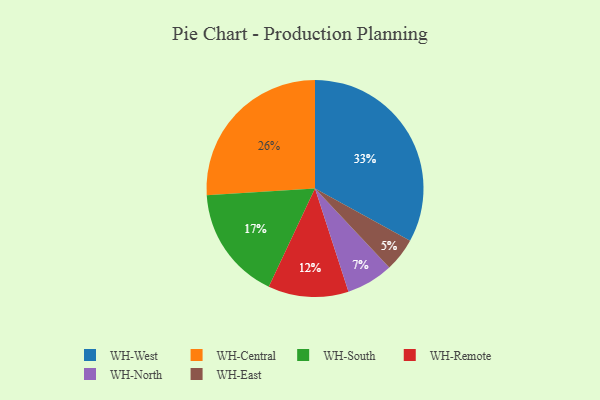
{"axis": {"x": "Category", "y": "Percentage"}, "legend": ["WH-Central", "WH-East", "WH-North", "WH-Remote", "WH-South", "WH-West"], "data": [{"x": "WH-West", "y": 33, "type": "WH-West"}, {"x": "WH-North", "y": 7, "type": "WH-North"}, {"x": "WH-East", "y": 5, "type": "WH-East"}, {"x": "WH-Central", "y": 26, "type": "WH-Central"}, {"x": "WH-South", "y": 17, "type": "WH-South"}, {"x": "WH-Remote", "y": 12, "type": "WH-Remote"}]}